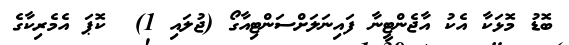
ބޮޑު މޮޅަކާ އެކު އާޖެންޓީނާ ފައިނަލަށްސަންޓިއާގޯ (ޖުލައި 1)  ކޮޕަ އެމެރިކާގެ